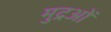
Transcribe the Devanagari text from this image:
मुद्रओं